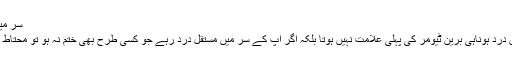
سر میں مستقل درد :
صرف سر میں درد ہوناہی برین ٹیومر کی پہلی علامت نہیں ہوتا بلکہ اگر آپ کے سر میں مستقل درد رہے جو کسی طرح بھی ختم نہ ہو تو محتاط ہوجانا چاہئیے۔